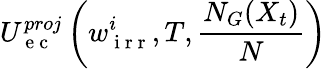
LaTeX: U_{\mathrm{~e~c~}}^{proj}\left(w_{\mathrm{~i~r~r~}}^{i},T,\frac{N_{G}(X_{t})}{N}\right)